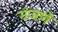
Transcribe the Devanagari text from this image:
गंजणे